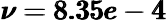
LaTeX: \pmb{\nu=8.35e-4}